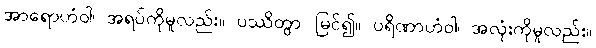
အာရောဟံဝါ၊ အရပ်ကိုမူလည်း။ ပဿိတွာ၊ မြင်၍။ ပရိဏာဟံဝါ၊ အလုံးကိုမူလည်း။